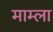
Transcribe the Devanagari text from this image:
माम्ला